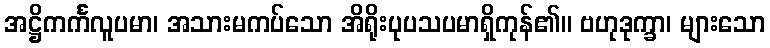
အဋ္ဌိကင်္ကလူပမာ၊ အသားမကပ်သော အိရိုးပုပသပမာရှိကုန်၏။ ဗဟုဒုက္ခာ၊ များသော